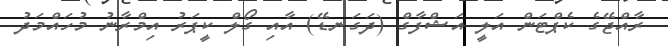
ރާއްޖޭގެ ކެޕްޓަން އަލީ އަޝްފާގް (ދަގަނޑޭ) އާއި ގޯލް ކީޕަރު އިމްރާނު މުހައްމަދު